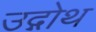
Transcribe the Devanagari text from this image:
उद्गोथ